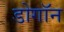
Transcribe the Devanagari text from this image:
डोगॉन